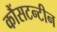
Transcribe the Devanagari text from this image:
कौंसटन्टीन